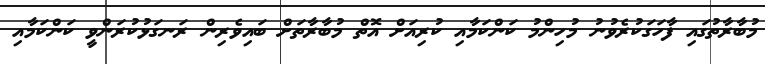
މުބާރާތުގައި ފާހަގަކުރެވުނު މުހިންމު ކަންކަމާއި ކުރިއަށް އޮތް މުބާރާތަށް ބައިވެރިން ރަނގަޅުކުރަންވީ ކަންކަމާއި